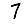
Digit: 7